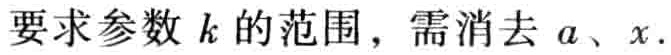
要求参数 \(k\) 的范围，需消去 \(a\)、\(x\).